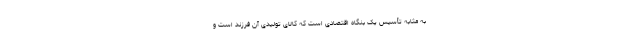
به مثابه تأسیس یک بنگاه اقتصادی است که کالای تولیدی آن فرزند است و